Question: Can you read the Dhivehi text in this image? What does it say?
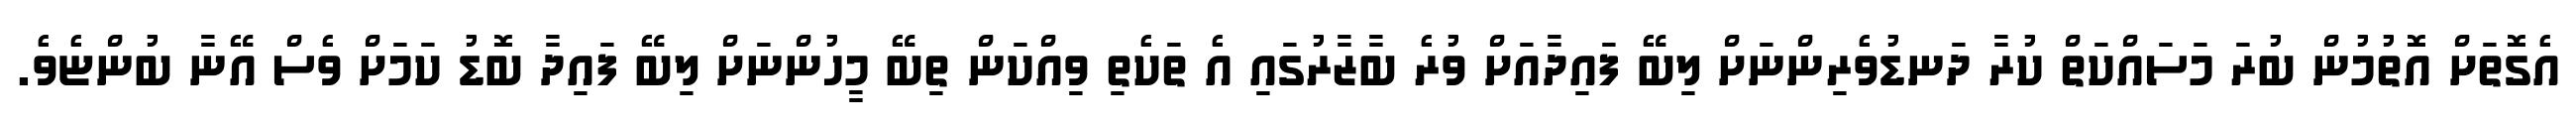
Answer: އެގޮތަށް އޮތުމުން ބުރަ މަސައްކަތް ކުރާ ދަނޑުވެރިންނަށް ލިބޭ ފައިދާއަށް ވުރެ ބާޒާރުގައި އެ ތަކެތި ވިއްކަން ތިބޭ މީހުންނަށް ލިބޭ ފައިދާ ބޮޑު ކަމަށް ވެސް އޭނާ ބުންޏެވެ.